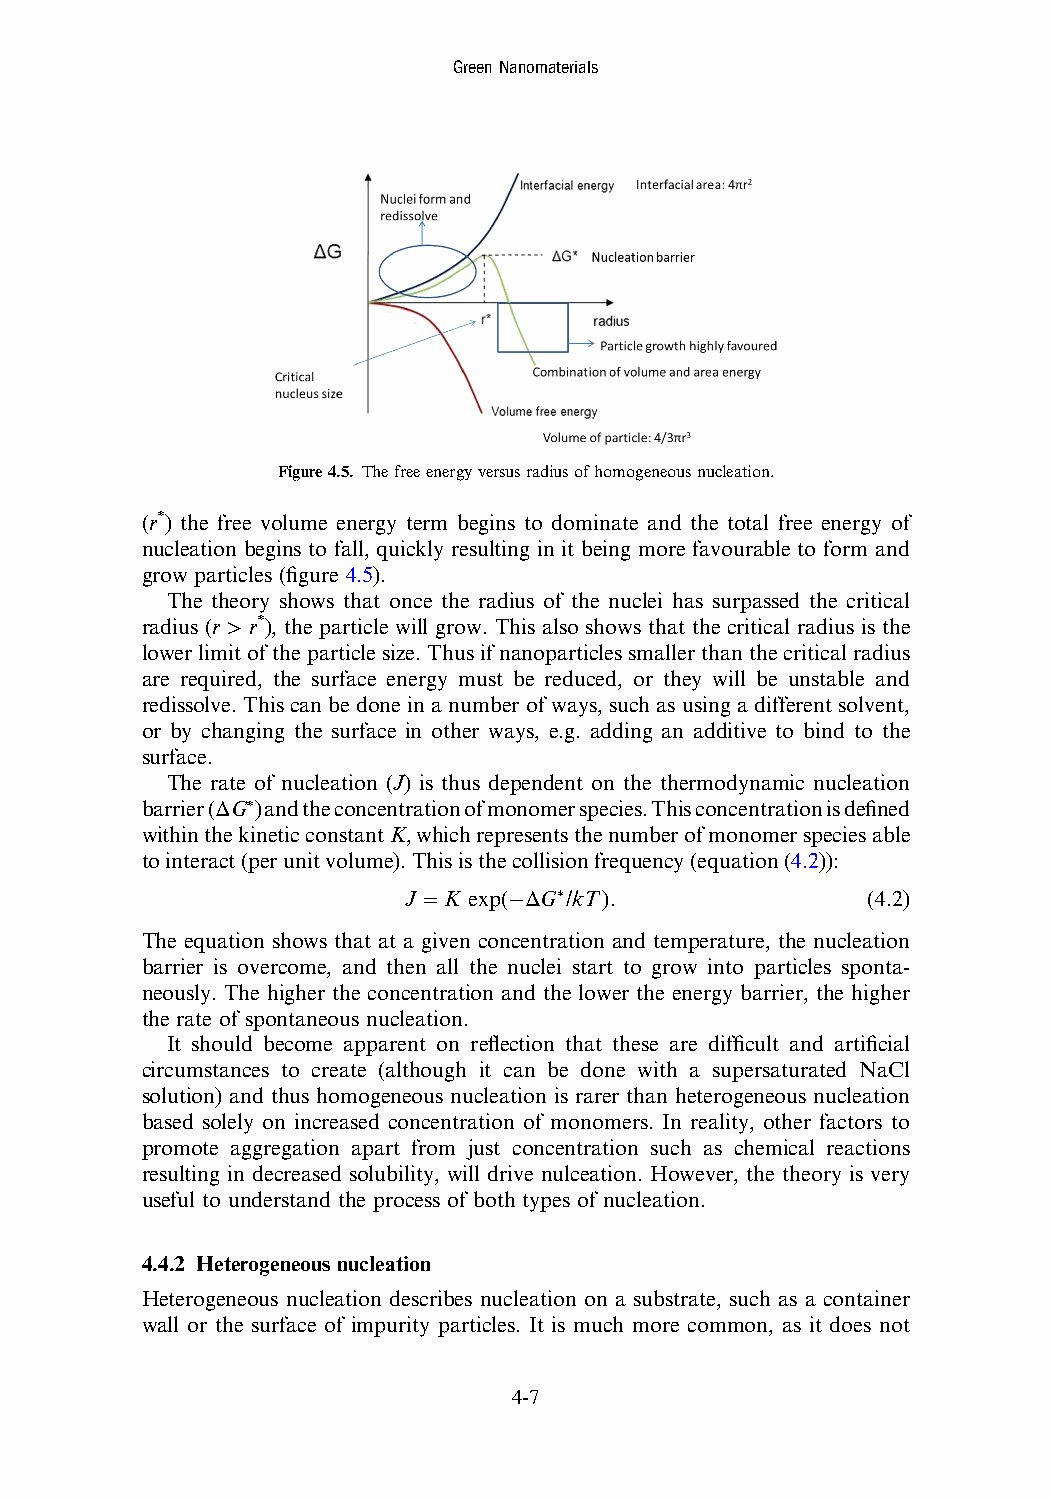
GreenNanomaterials
 Figure4.5. Thefreeenergyversusradiusofhomogeneousnucleation.
 (r*) the free volume energy term begins to dominate and the total free energy of
 nucleation begins to fall, quickly resulting in it being more favourable to form and
 grow particles (figure 4.5).
 The theory shows that once the radius of the nuclei has surpassed the critical
 radius (r > r*), the particle will grow. This also shows that the critical radius is the
 lower limit ofthe particlesize.Thus ifnanoparticlessmaller thanthe criticalradius
 are required, the surface energy must be reduced, or they will be unstable and
 redissolve. This can be done in a number of ways, such as using a different solvent,
 or by changing the surface in other ways, e.g. adding an additive to bind to the
 surface.
 The rate of nucleation (J) is thus dependent on the thermodynamic nucleation
 barrier(ΔG*)andtheconcentrationofmonomerspecies.Thisconcentrationisdefined
 withinthekineticconstantK,whichrepresentsthenumberofmonomerspeciesable
 tointeract(perunitvolume).Thisisthecollisionfrequency(equation(4.2)):
 J = K exp(−ΔG∗/kT).           (4.2)
 The equation shows that at a given concentration and temperature, the nucleation
 barrier is overcome, and then all the nuclei start to grow into particles sponta-
 neously. The higher the concentration and the lower the energy barrier, the higher
 the rate of spontaneous nucleation.
 It should become apparent on reflection that these are difficult and artificial
 circumstances to create (although it can be done with a supersaturated NaCl
 solution) and thus homogeneous nucleation is rarer than heterogeneous nucleation
 based solely on increased concentration of monomers. In reality, other factors to
 promote aggregation apart from just concentration such as chemical reactions
 resulting in decreased solubility, will drive nulceation. However, the theory is very
 useful to understand the process of both types of nucleation.
 4.4.2 Heterogeneous nucleation
 Heterogeneous nucleation describes nucleation on a substrate, such as a container
 wall or the surface of impurity particles. It is much more common, as it does not
 4-7